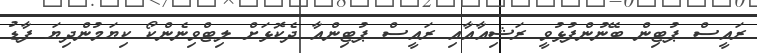
ރައީސް ޕުޓިން ބޭނުންފުޅުވީ ރަޝިއާއާއި ރައީސް ޕުޓިންއާ ދެކޮޅަށް ލިޓްވިނެންކޯ ކިޔަމުންދިޔަ ފާޑު